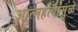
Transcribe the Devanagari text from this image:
आत्महत्यांमुळे